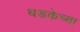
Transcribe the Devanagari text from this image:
धडकेच्या